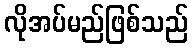
လိုအပ်မည်ဖြစ်သည်